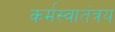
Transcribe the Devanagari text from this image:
कर्मस्वातंत्रय